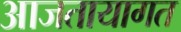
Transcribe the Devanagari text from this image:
आजतायागत